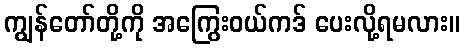
ကျွန်တော်တို့ကို အကြွေးဝယ်ကဒ် ပေးလို့ရမလား။